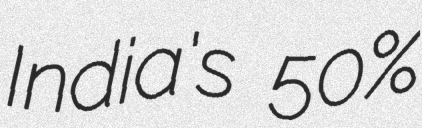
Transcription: India's 50%